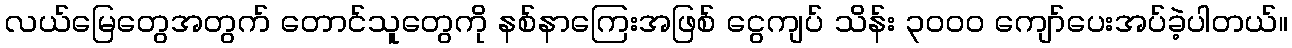
လယ်မြေတွေအတွက် တောင်သူတွေကို နစ်နာကြေးအဖြစ် ငွေကျပ် သိန်း ၃၀၀၀ ကျော်ပေးအပ်ခဲ့ပါတယ်။